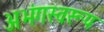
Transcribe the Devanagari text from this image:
अभंगस्वरूप